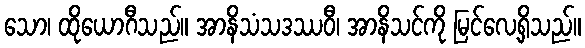
သော၊ ထိုယောဂီသည်။ အာနိသံသဒဿဝီ၊ အာနိသင်ကို မြင်လေ့ရှိသည်။